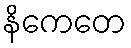
နိကေတေ